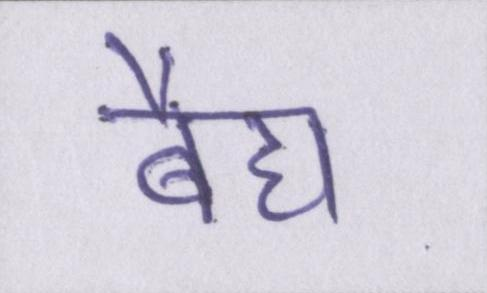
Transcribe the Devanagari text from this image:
बैद्य